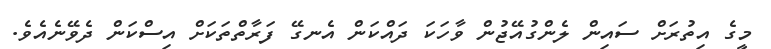
މީގެ އިތުރަށް ސައިން ލެންގުއޭޖުން ވާހަކަ ދައްކަން އެނގޭ ފަރާތްތަކަށް އިސްކަން ދެވޭނެއެވެ.